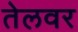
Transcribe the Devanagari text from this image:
तेलवर